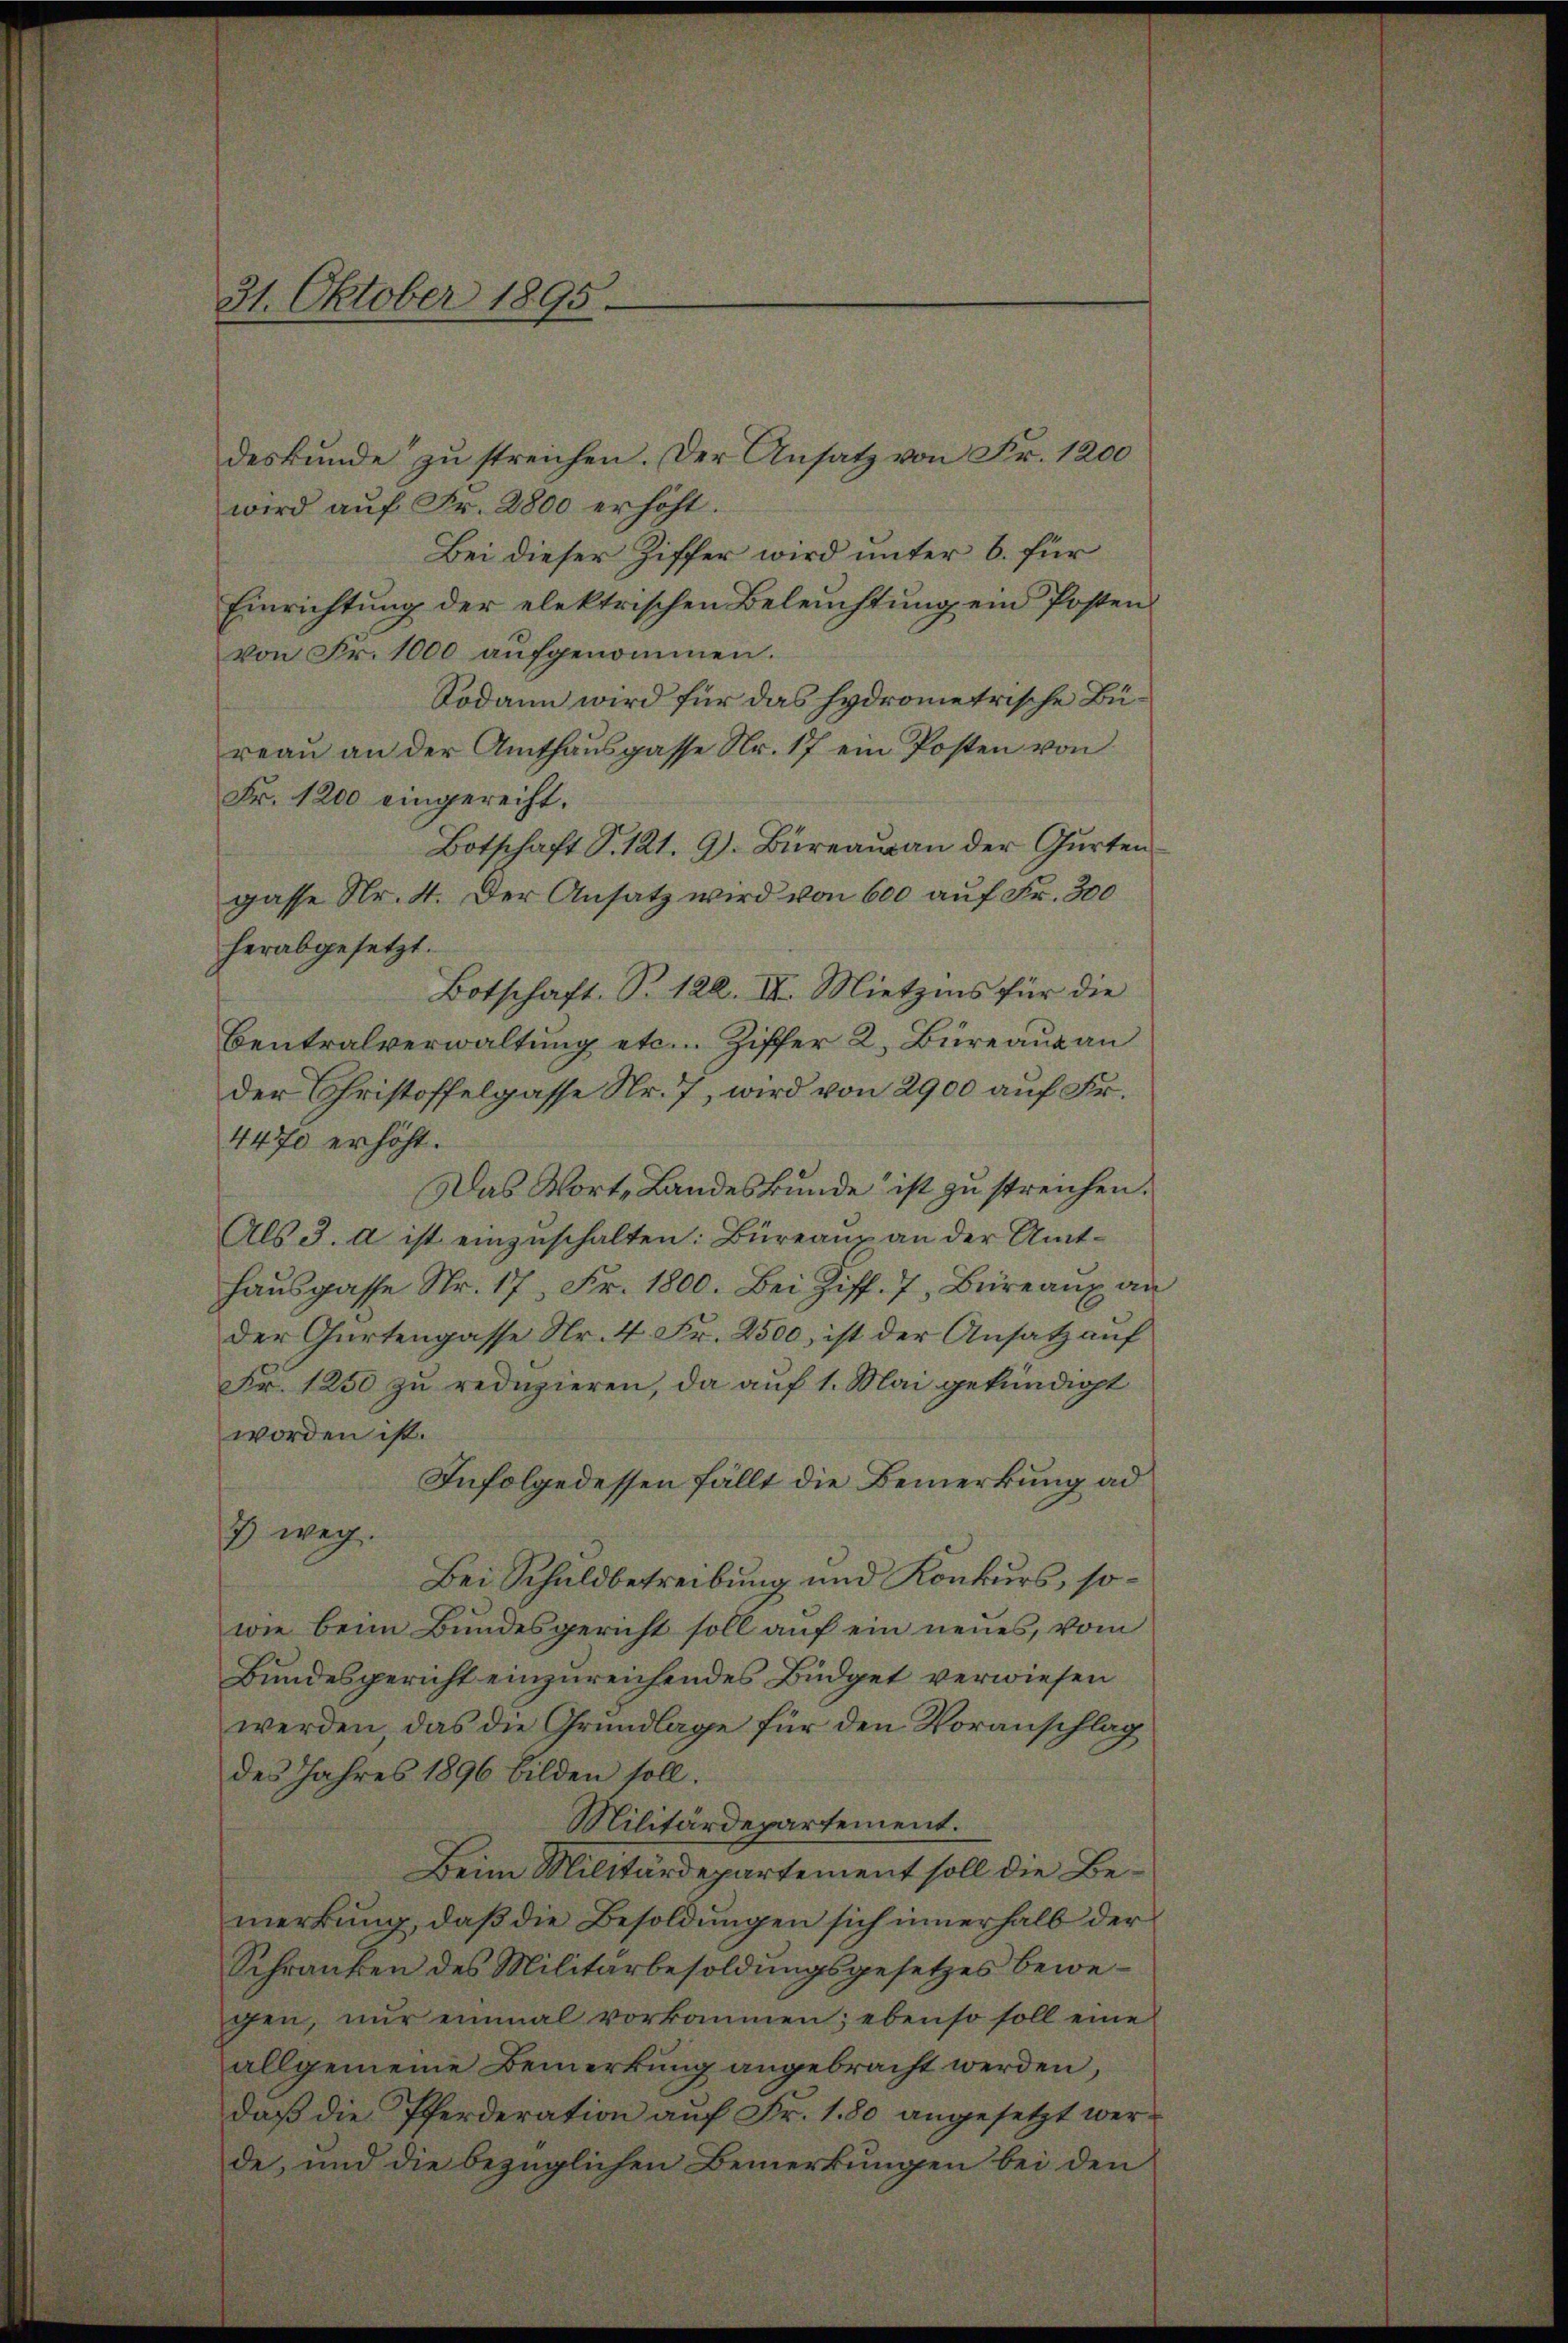
31. Oktober 1895

deskunde zu streichen. Der Ansatz von Fr. 1200
wird auf Fr. 2800 erhöht.
Bei dieser Ziffer wird unter 6. für
Einrichtung der elektrischen Beleŭchtŭng ein Posten
von Fr. 1000 aufgenommen.
Sodann wird für das hydrometrische Büreau an der Amthaŭsgasse Nr. 17 ein Posten von
Fr. 1200 eingereiht.
Botschaft S. 121. 9. Bureau an der Gurten
gasse Nr. 4. Der Ansatz wird von 600 auf Fr. 300
herabgesetzt.
Botschaft. S. 122. III. Mietzins für die
Centralverwaltung etc. Ziffer 2. Büreaux an
der Christoffelgasse Nr. 7, wird von 2900 auf Fr.
4470 erhöht.
Das Wort, Landeskunde ist zu streichen.
Als 3. A ist einzuschalten: Büreaux an der Amt-
haŭsgasse Nr. 17 Fr. 1800. Bei Ziff. 7, Büreaux an
der Gartengasse Nr. 4 Fr. 2500, ist der Ansatz auf
Fr. 1250 zu reduzieren, da auf 1. Mai gekündigt
worden ist.
Infolgedessen fällt die Bemerkung ad
3) weg.
Bei Schuldbetreibung und Konkurs, sowie beim Bundesgericht soll auf ein neues, vom
Bundesgericht einzureichendes Büdget verwiesen
werden das die Grundlage für den Voranschlag
des Jahres 1896 bilden soll.
Militärdepartement.
Beim Militärdepartement soll die Bemerkung, daß die Besoldungen sich innerhalb der
Schranken des Militärbesoldŭngsgesetzes bewe-
gen, nur einmal vorkommen; ebenso soll eine
allgemeine Bemerkung angebracht werden,
daß die Pferderation auf Fr. 180 angesetzt werde, und die bezüglichen Bemerkungen bei den